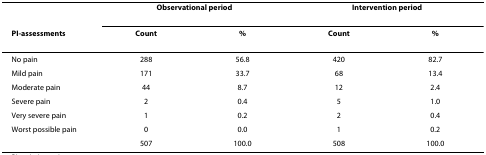
<table><thead><tr><td></td><td colspan="2"><b>Observational period</b></td><td colspan="2"><b>Intervention period</b></td></tr><tr><td><b>PI-assessments</b></td><td><b>Count</b></td><td><b>%</b></td><td><b>Count</b></td><td><b>%</b></td></tr></thead><tbody><tr><td>No pain</td><td>288</td><td>56.8</td><td>420</td><td>82.7</td></tr><tr><td>Mild pain</td><td>171</td><td>33.7</td><td>68</td><td>13.4</td></tr><tr><td>Moderate pain</td><td>44</td><td>8.7</td><td>12</td><td>2.4</td></tr><tr><td>Severe pain</td><td>2</td><td>0.4</td><td>5</td><td>1.0</td></tr><tr><td>Very severe pain</td><td>1</td><td>0.2</td><td>2</td><td>0.4</td></tr><tr><td>Worst possible pain</td><td>0</td><td>0.0</td><td>1</td><td>0.2</td></tr><tr><td></td><td>507</td><td>100.0</td><td>508</td><td>100.0</td></tr></tbody></table>